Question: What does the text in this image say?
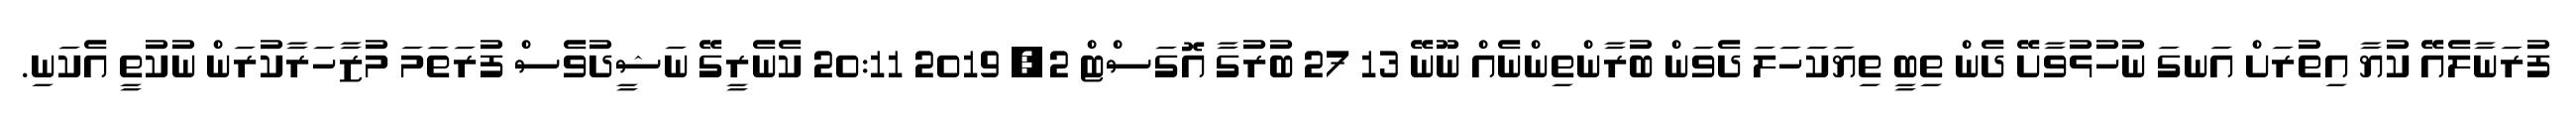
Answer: ފުރަނާލެއޭ ކުޔާ އިތުރަށް އަނގަ ނުހުޅުވާށޭ ދެން ތިބީ ތިޔަކަހަލަ ދެވަން ބުރާންތިންނެއް ނޫނޭ 13 27 ބުރުގާ އޮގަސްޓް 2, 2019 20:11 ކެނެރީގޭ ނަޝީދުވެސް ފުރަތަމަ މުޒާހަރާކުރަން ނުކުތީ އެކަނި.